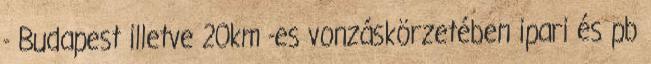
- Budapest illetve 20km -es vonzáskörzetében ipari és pb